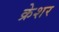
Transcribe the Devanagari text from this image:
क्रेशर